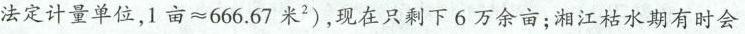
法定计量单位，1亩≈666.67米^{2})，现在只剩下6万余亩；湘江枯水期有时会